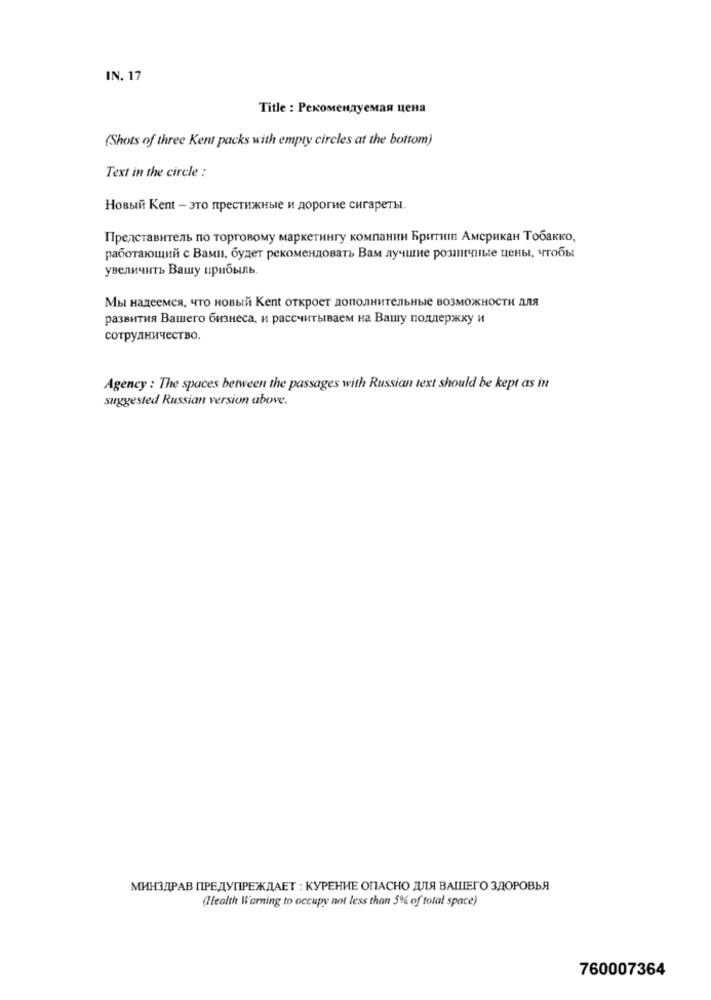
IN. 17
Title : Рекомендуемая цена
(Shots of three Kent packs with empty circles at the bottom)
Text in the circle :
Новый Kent - это престижные и дорогие сигареты.
Представитель по торговому маркетингу компании Брити Американ Тобакко,
работающий с Вами, будет рекомендовать Вам лучшие розничные цены, чтобы
увеличить Вашу прибыль.
Мы надеемся, что новый Kent откроет дополнительные возможности для
развития Вашего бизнеса, и рассчитываем на Вашу поддержку и
сотрудничество.
Agency : The spaces between the passages with Russian text should be kept as in
suggested Russian version above.
МИНЗДРАВ ПРЕДУПРЕЖДАЕТ : КУРЕНИЕ ОПАСНО ДЛЯ ВАШЕГО ЗДОРОВЬЯ
(Health Warning to occupy not less than 5% of total space)
760007364